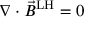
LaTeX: \nabla \cdot { \vec { B } } ^ { \mathrm { L H } } = 0